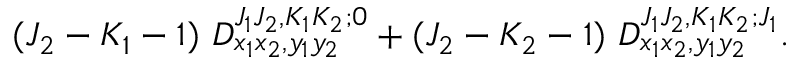
( J _ { 2 } - K _ { 1 } - 1 ) ~ D _ { x _ { 1 } x _ { 2 } , y _ { 1 } y _ { 2 } } ^ { J _ { 1 } J _ { 2 } , K _ { 1 } K _ { 2 } ; 0 } + ( J _ { 2 } - K _ { 2 } - 1 ) ~ D _ { x _ { 1 } x _ { 2 } , y _ { 1 } y _ { 2 } } ^ { J _ { 1 } J _ { 2 } , K _ { 1 } K _ { 2 } ; J _ { 1 } } .